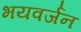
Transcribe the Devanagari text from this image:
भयवर्जन